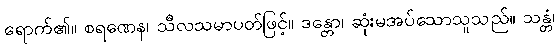
ရောက်၏။ စရဏေန၊ သီလသမာပတ်ဖြင့်။ ဒန္တော၊ ဆုံးမအပ်သောသူသည်။ သန္တံ၊